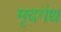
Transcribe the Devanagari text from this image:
मृदगंध